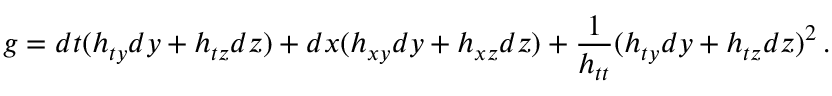
g = d t ( h _ { t y } d y + h _ { t z } d z ) + d x ( h _ { x y } d y + h _ { x z } d z ) + { \frac { 1 } { h _ { t t } } } ( h _ { t y } d y + h _ { t z } d z ) ^ { 2 } \, .